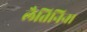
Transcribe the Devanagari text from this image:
लैतिनिना